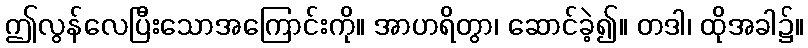
ဤလွန်လေပြီးသောအကြောင်းကို။ အာဟရိတွာ၊ ဆောင်ခဲ့၍။ တဒါ၊ ထိုအခါ၌။